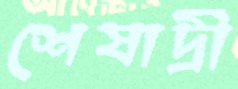
শেষাদ্রী